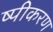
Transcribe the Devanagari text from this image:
ष्पीकरण